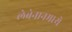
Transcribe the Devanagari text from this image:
लेबेनानमध्ये